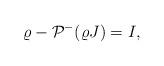
LaTeX: \begin{align*} \varrho-\mathcal{P}^{-}(\varrho J)=I,\end{align*}